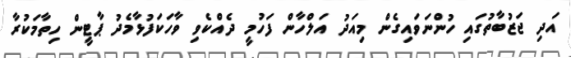
އަދި ޖަޒުބާތުގައި ހުންނަވައިގެން މިއަދު އަލްހާން ފަހުމީ ދެއްކެވި ވާހަކަފުޅާމެދު ޕާޓީން ހިތާމަކުރާ